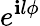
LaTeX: e^{\mathbf{i}l{\phi}}